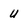
Character: u